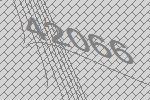
42066